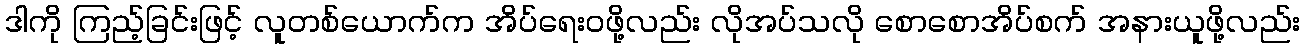
ဒါကို ကြည့်ခြင်းဖြင့် လူတစ်ယောက်က အိပ်ရေးဝဖို့လည်း လိုအပ်သလို စောစောအိပ်စက် အနားယူဖို့လည်း